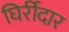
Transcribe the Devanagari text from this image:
घिर्रीदार